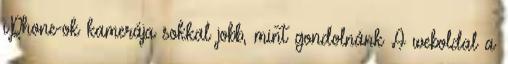
iPhone-ok kamerája sokkal jobb, mint gondolnánk A weboldal a